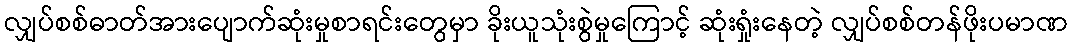
လျှပ်စစ်ဓာတ်အားပျောက်ဆုံးမှုစာရင်းတွေမှာ ခိုးယူသုံးစွဲမှုကြောင့် ဆုံးရှုံးနေတဲ့ လျှပ်စစ်တန်ဖိုးပမာဏ